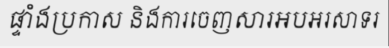
ផ្ទាំងប្រកាស និងការចេញសារអបអរសាទរ